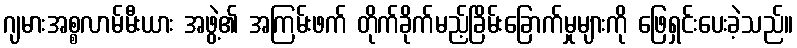
ဂျမားအစ္စလာမ်မီးယား အဖွဲ့၏ အကြမ်းဖက် တိုက်ခိုက်မည့်ခြိမ်းခြောက်မှုများကို ဖြေရှင်းပေးခဲ့သည်။